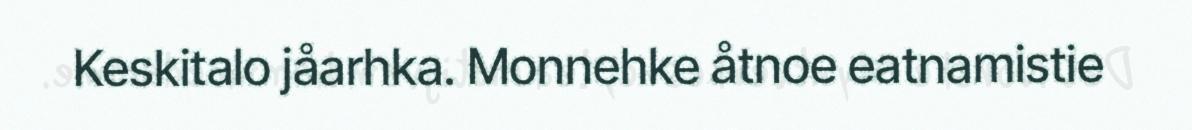
Keskitalo jåarhka. Monnehke åtnoe eatnamistie